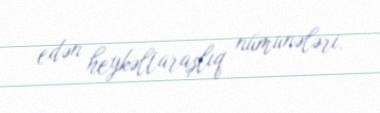
edən heykəltaraşlıq nümunələri.